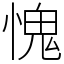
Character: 愧